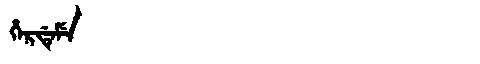
Manchu: ᡥᡝᡵᡩᡝᠮᡝ
Romanization: HERDEME